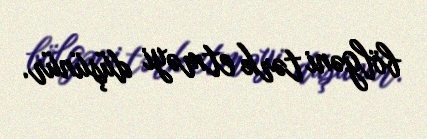
bölgəni tərk etməyi düşünür.